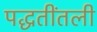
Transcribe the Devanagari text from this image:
पद्धतींतली